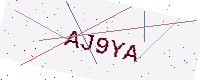
Text: AJ9YA